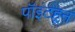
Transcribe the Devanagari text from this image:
पॉइंटहून